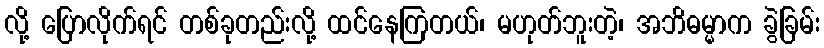
လို့ ပြောလိုက်ရင် တစ်ခုတည်းလို့ ထင်နေကြတယ်၊ မဟုတ်ဘူးတဲ့၊ အဘိဓမ္မာက ခွဲခြမ်း